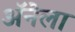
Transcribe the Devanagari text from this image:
अॅनेला